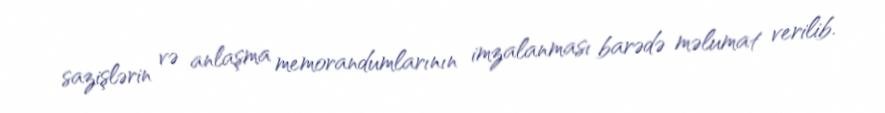
sazişlərin və anlaşma memorandumlarının imzalanması barədə məlumat verilib.